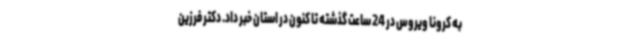
به کرونا ویروس در 24 ساعت گذشته تا کنون در استان خبر داد. دکتر فرزین